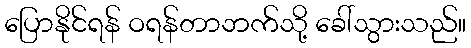
ပြောနိုင်ရန် ဝရန်တာဘက်သို့ ခေါ်သွားသည်။